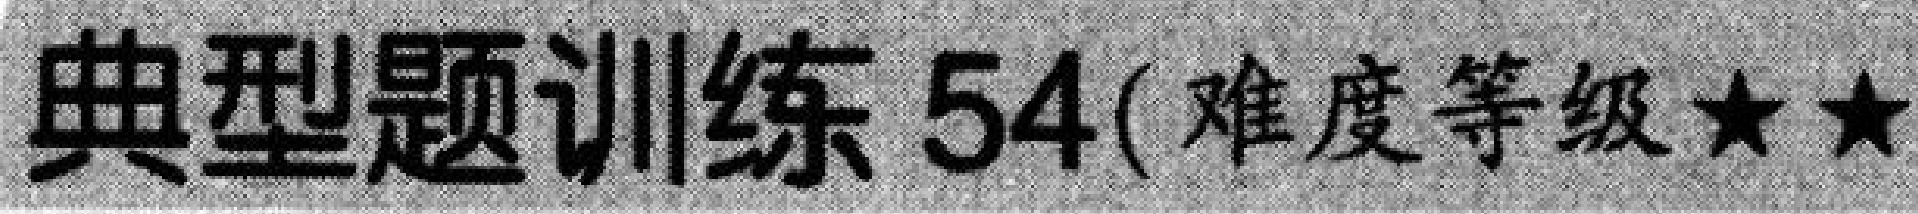
典型题训练54(难度等级\(\star\star\)